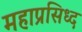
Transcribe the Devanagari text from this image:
महाप्रसिध्द